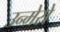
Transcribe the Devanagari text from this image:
उन्मेसे